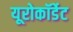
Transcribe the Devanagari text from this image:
यूरोकॉर्डेट